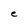
Character: e